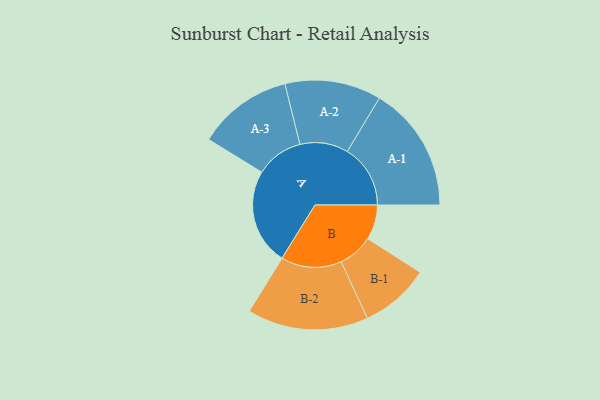
{"axis": {"x": "Segment", "y": "Value"}, "legend": ["", "A", "B"], "data": [{"x": "A", "y": 419, "type": ""}, {"x": "B", "y": 152, "type": ""}, {"x": "A-1", "y": 275, "type": "A"}, {"x": "A-2", "y": 210, "type": "A"}, {"x": "A-3", "y": 207, "type": "A"}, {"x": "B-1", "y": 152, "type": "B"}, {"x": "B-2", "y": 264, "type": "B"}]}